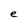
Character: e